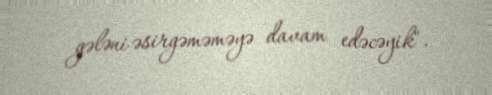
gələni əsirgəməməyə davam edəcəyik".